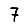
Digit: 7